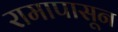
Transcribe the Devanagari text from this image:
रामापासून